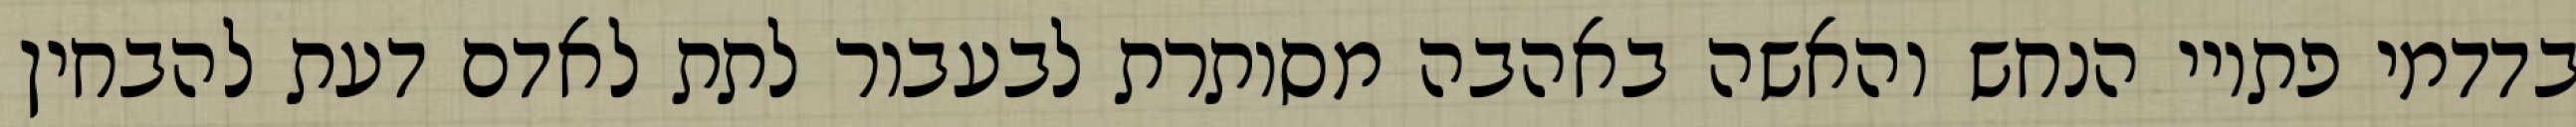
בדדמי פתויי הנחש והאשה באהבה מסותרת לבעבור לתת לאדם דעת להבחין